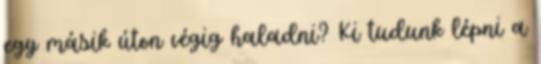
egy másik úton végig haladni? Ki tudunk lépni a